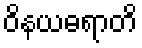
ဝိနယဓရာတိ